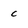
Character: c